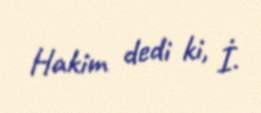
Hakim dedi ki, İ.